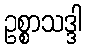
ဥစ္စာသဒ္ဒါ